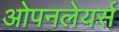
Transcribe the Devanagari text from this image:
ओपनलेयर्स